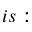
i s :